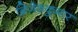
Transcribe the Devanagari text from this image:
ब्रिजेशकुमार